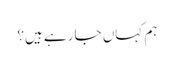
ہم کہاں جا رہے ہیں؟